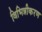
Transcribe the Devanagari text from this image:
विभिन्नीकरण